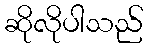
ဆိုလိုပါသည်